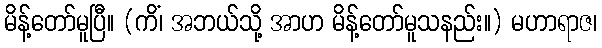
မိန့်တော်မူပြီ။ (ကိံ၊ အဘယ်သို့ အာဟ မိန့်တော်မူသနည်း။) မဟာရာဇ၊